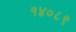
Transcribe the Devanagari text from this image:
१४०८९